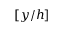
[ y / h ]